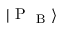
| \mathrm { ~ P ~ } _ { \mathrm { ~ B ~ } } \rangle